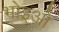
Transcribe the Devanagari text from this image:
भोइओ